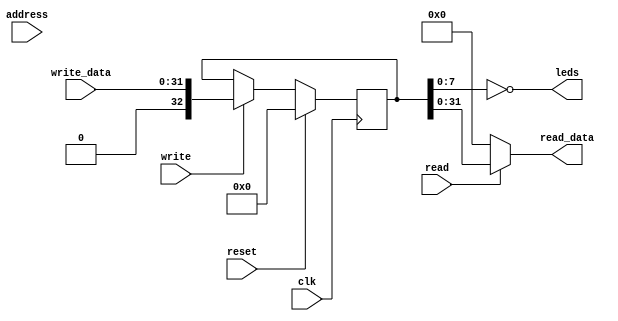
module LEDs #(
    parameter DEVICE_START_ADDRESS = 32'h00001000,
    parameter DEVICE_FINAL_ADDRESS = 32'h00001002
) (
    input wire clk,
    input wire reset,
    input wire read,
    input wire write,
    input wire [31:0] address,
    input wire [31:0] write_data,
    output wire [31:0] read_data,
    output wire [7:0] leds
);

reg [32:0] data;

initial begin
    data = 0;
end

assign read_data = (read == 1'b1) ? data : 32'h00000000;

always @(posedge clk ) begin
    if(reset == 1'b1) begin
        data <= 1'b0;
    end else if(write) begin
        data <= write_data;
    end
end

assign leds = ~data[7:0];
    
endmodule